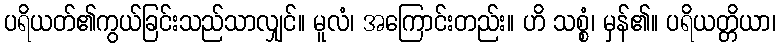
ပရိယတ်၏ကွယ်ခြင်းသည်သာလျှင်။ မူလံ၊ အကြောင်းတည်း။ ဟိ သစ္စံ၊ မှန်၏။ ပရိယတ္တိယာ၊